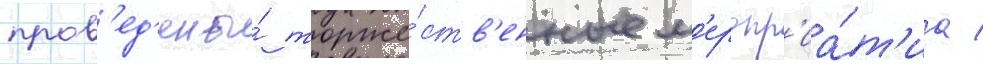
пров'ед'ены́ торже́ств'енные м'еропр'иа́т'иа /